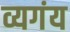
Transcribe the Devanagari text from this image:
व्यगंय